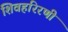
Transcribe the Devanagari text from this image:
शिवहरिरणी